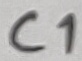
Text: C1